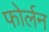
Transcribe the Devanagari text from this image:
फोर्लन